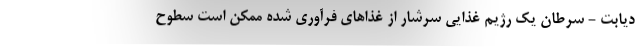
دیابت - سرطان یک رژیم غذایی سرشار از غذاهای فرآوری شده ممکن است سطوح